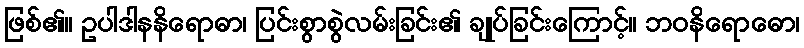
ဖြစ်၏။ ဥပါဒါနနိရောဓာ၊ ပြင်းစွာစွဲလမ်းခြင်း၏ ချုပ်ခြင်းကြောင့်။ ဘဝနိရောဓော၊